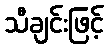
သီချင်းဖြင့်